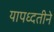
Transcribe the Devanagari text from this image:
यापध्दतीने